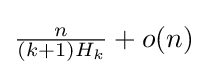
{\tfrac {n}{(k+1)H_{k}}}+o(n)